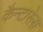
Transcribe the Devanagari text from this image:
कैन्टारेला